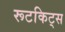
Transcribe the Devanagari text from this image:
रूटकिट्स